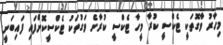
މިހާރު ވާގޮތަކީ ޓެކްސީ ކުރާ މީހާ ޓެކްސީ ކުރާނެ ވަގުތަކު ޓެކްސީކޮށްފައި ފައިބަނީ.